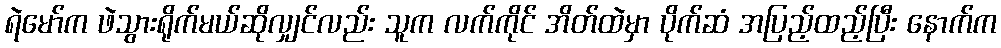
ရဲမော်က ဖဲသွားရိုက်မယ်ဆိုလျှင်လည်း သူက လက်ကိုင် အိတ်ထဲမှာ ပိုက်ဆံ အပြည့်ထည့်ပြီး နောက်က